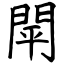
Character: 閛